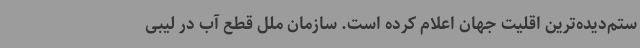
ستم‌دیده‌ترین اقلیت جهان اعلام کرده است. سازمان ملل قطع آب در لیبی